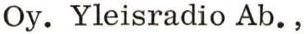
Oy. Yleisradio Ab. ,